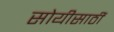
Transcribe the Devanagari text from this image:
सोयीसाठीं